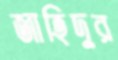
জাহিদুর